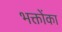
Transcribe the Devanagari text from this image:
भक्तोंका